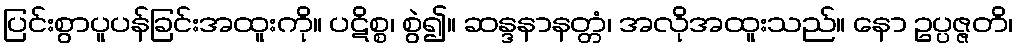
ပြင်းစွာပူပန်ခြင်းအထူးကို။ ပဋိစ္စ၊ စွဲ၍။ ဆန္ဒနာနတ္တံ၊ အလိုအထူးသည်။ နော ဥပ္ပဇ္ဇတိ၊